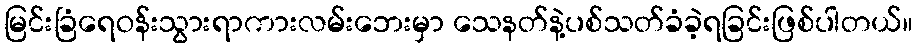
မြင်းခြံရေဝန်းသွားရာကားလမ်းဘေးမှာ သေနတ်နဲ့ပစ်သတ်ခံခဲ့ရခြင်းဖြစ်ပါတယ်။